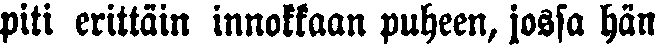
piti erittäin innokkaan puheen, jossa hän